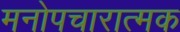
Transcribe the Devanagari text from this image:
मनोपचारात्मक